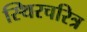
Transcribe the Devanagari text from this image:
स्थिरचरित्र